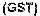
(GST)